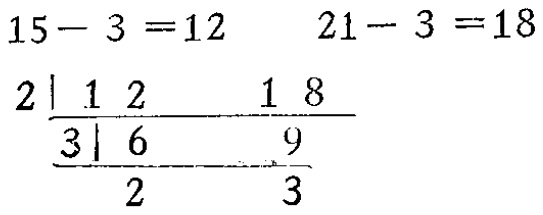
\[

\begin{align*}

15 - 3 &= 12\quad 21 - 3 = 18\\

2&\underline{\vert\quad12\quad\quad18}\\

3&\underline{\vert\quad6\quad\quad9}\\

&\quad\ 2\quad\quad3

\end{align*}

\]